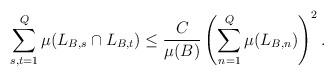
LaTeX: \begin{align*}\sum_{s,t=1}^{Q}\mu(L_{B,s}\cap L_{B,t})\leq \frac{C}{\mu(B)}\left(\sum_{n=1}^{Q}\mu(L_{B,n})\right)^2.\end{align*}